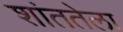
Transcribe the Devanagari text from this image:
शांततेला